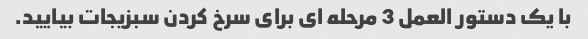
با یک دستور العمل 3 مرحله ای برای سرخ کردن سبزیجات بیایید.